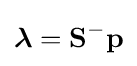
{\boldsymbol {\lambda }}=\mathbf {S} ^{-}\mathbf {p}